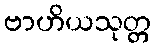
ဗာဟိယသုတ္တ